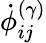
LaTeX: \dot{\phi}_{ij}^{(\gamma)}